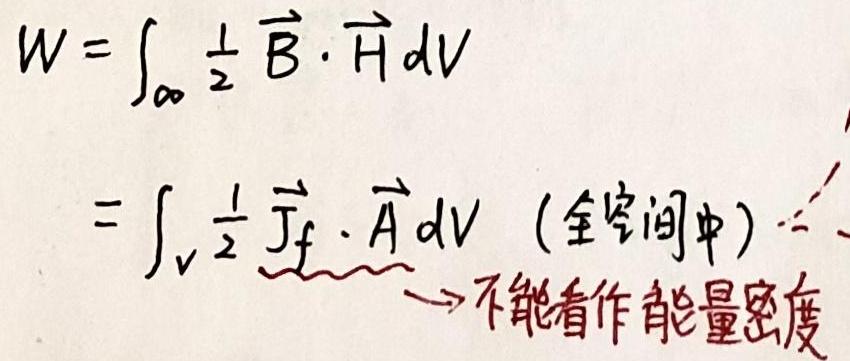
\[
\begin{align*}
W&=\int_{\infty} \frac{1}{2} \vec{B} \cdot \vec{H} dV\\
&=\int_{V} \frac{1}{2} \vec{J}_{f} \cdot \vec{A} dV \quad (\text{全空间中})\quad \xrightarrow[]{} \text{不能看作能量密度}
\end{align*}
\]